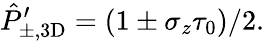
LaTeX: \hat{P}_{\pm,\mathrm{3D}}^{\prime}=(1\pm\sigma_{z}\tau_{0})/2.